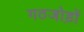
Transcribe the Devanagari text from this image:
गठजोड़ों